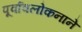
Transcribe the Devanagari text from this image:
पूर्वावलोकनाने